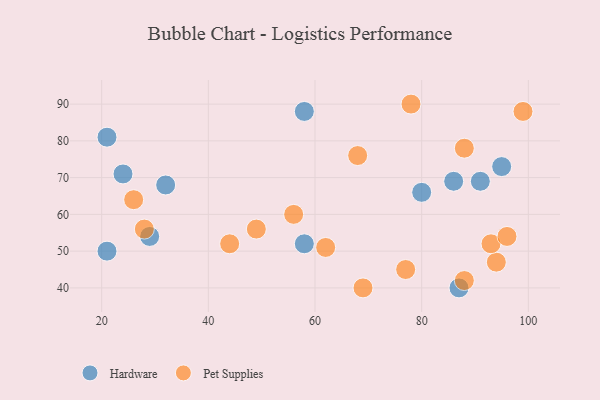
{"axis": {"x": "GDP", "y": "Life Expectancy"}, "legend": ["Hardware", "Pet Supplies"], "data": [{"x": "21", "y": 81, "type": "Hardware"}, {"x": "21", "y": 50, "type": "Hardware"}, {"x": "29", "y": 54, "type": "Hardware"}, {"x": "32", "y": 68, "type": "Hardware"}, {"x": "95", "y": 73, "type": "Hardware"}, {"x": "80", "y": 66, "type": "Hardware"}, {"x": "87", "y": 40, "type": "Hardware"}, {"x": "58", "y": 52, "type": "Hardware"}, {"x": "91", "y": 69, "type": "Hardware"}, {"x": "24", "y": 71, "type": "Hardware"}, {"x": "58", "y": 88, "type": "Hardware"}, {"x": "86", "y": 69, "type": "Hardware"}, {"x": "78", "y": 90, "type": "Pet Supplies"}, {"x": "94", "y": 47, "type": "Pet Supplies"}, {"x": "56", "y": 60, "type": "Pet Supplies"}, {"x": "99", "y": 88, "type": "Pet Supplies"}, {"x": "44", "y": 52, "type": "Pet Supplies"}, {"x": "69", "y": 40, "type": "Pet Supplies"}, {"x": "88", "y": 78, "type": "Pet Supplies"}, {"x": "68", "y": 76, "type": "Pet Supplies"}, {"x": "88", "y": 42, "type": "Pet Supplies"}, {"x": "49", "y": 56, "type": "Pet Supplies"}, {"x": "62", "y": 51, "type": "Pet Supplies"}, {"x": "28", "y": 56, "type": "Pet Supplies"}, {"x": "93", "y": 52, "type": "Pet Supplies"}, {"x": "96", "y": 54, "type": "Pet Supplies"}, {"x": "26", "y": 64, "type": "Pet Supplies"}, {"x": "77", "y": 45, "type": "Pet Supplies"}]}